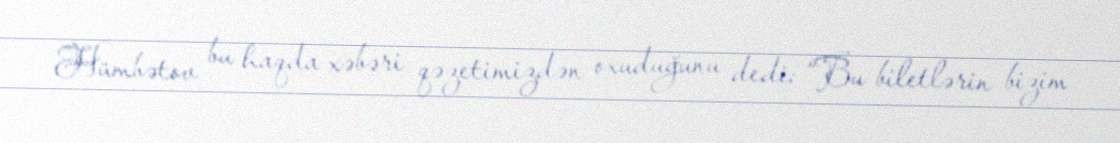
Hümbətov bu haqda xəbəri qəzetimizdən oxuduğunu dedi: “Bu biletlərin bizim